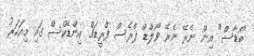
ބޯޑާސް" އިން ނެރޭ ނެރޭ ވޯލްޑް ޕްރެސް ފްރީޑަމް އިންޑެކްސް ގައި މިއަހަރު